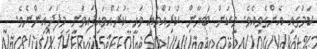
ކަމުގައި އެންގެވިއެވެ. މިކަން ބަޔާން ކުރައްވައި ވަޙީ ކުރައްވައިފައިވަނީ މިފަދައިންނެވެ.